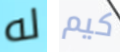
له كيم